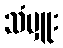
သံမှူး